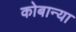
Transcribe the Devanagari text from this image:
कोबान्या